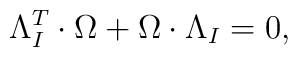
\Lambda_{I}^{T}\cdot\Omega +\Omega \cdot \Lambda_{I}=0,